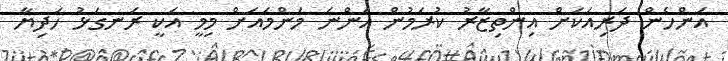
އަންހެން ދަރިއަކަށް އިންތިޒާރު ކުރަމުން އަންނަ މަންމައަށް މިމީ އަކީ ރަނގަޅު ހަދިޔާ